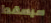
سيسقط